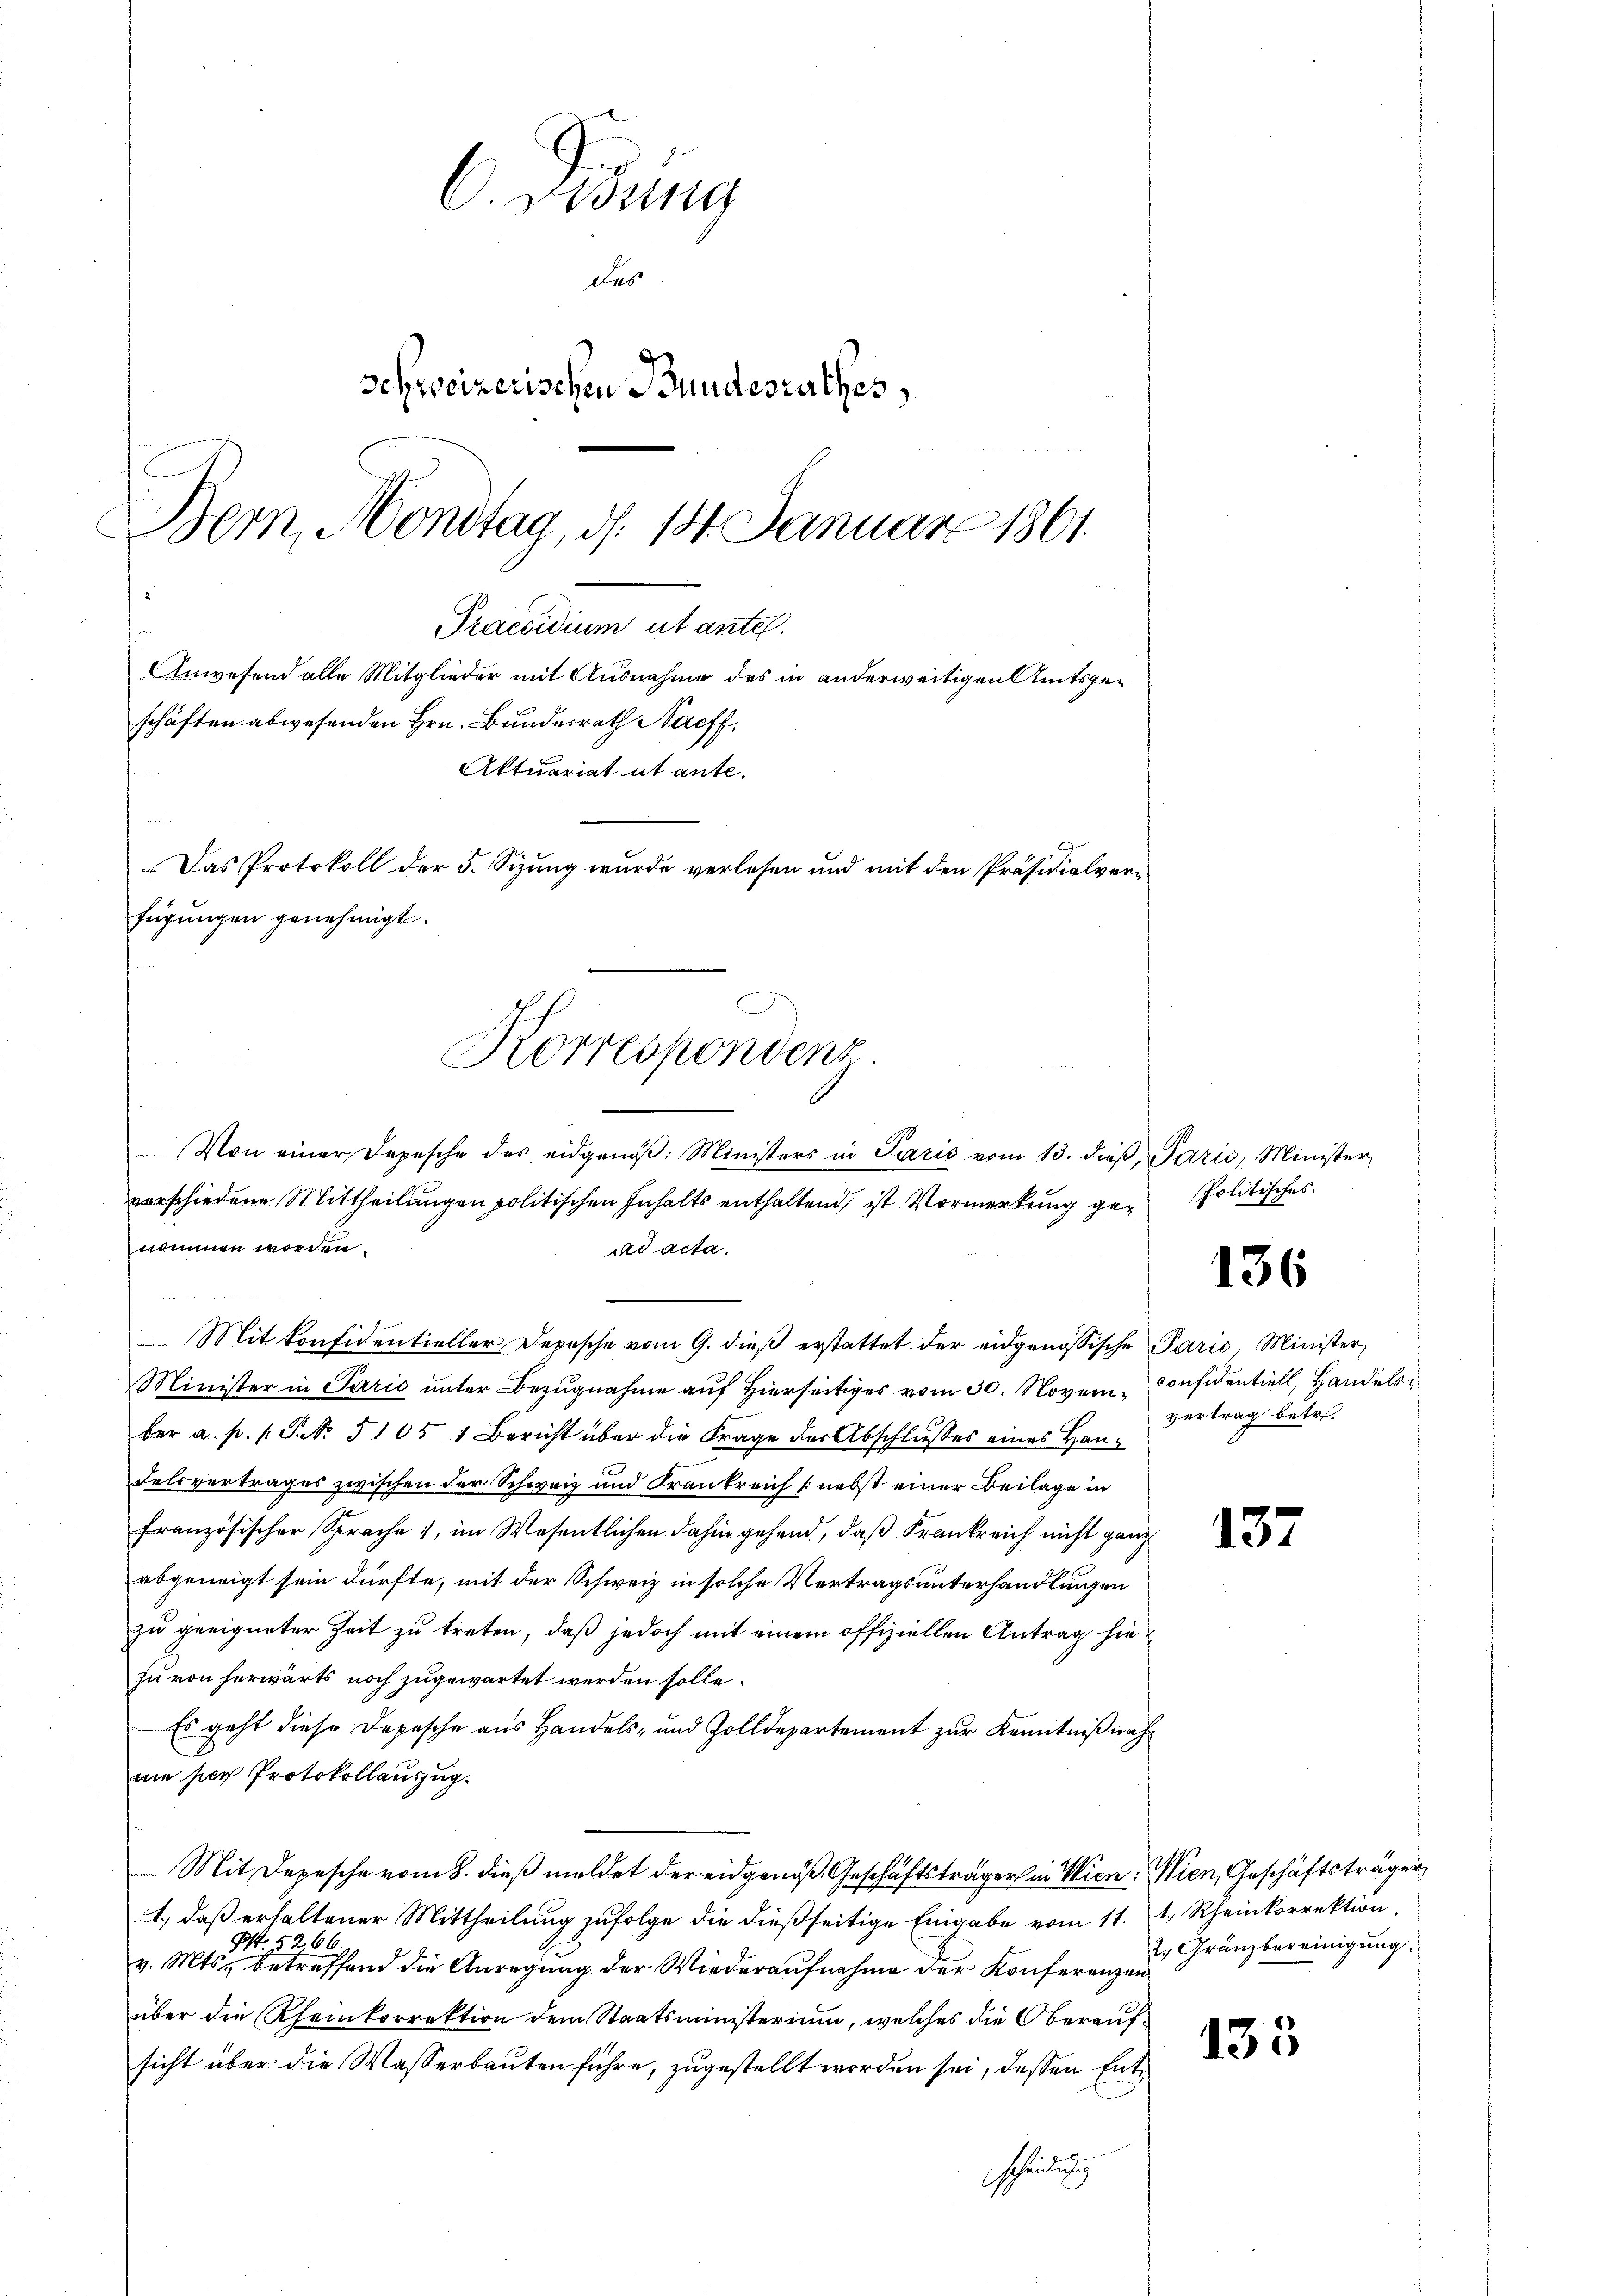
Korrespondenz.

C. Rodung
des
schweizerischen Bundesrathes,
Bern, Mondtag, d. 14. Januar 1861
Praesidium ut antel.
Anwesend alle Mitglieder mit Ausnahme des in anderweitigen Amtsgeschäften abwesenden Hrn. Bundesrath Nachf
Aktuariat ut ante.
Das Protokoll der 5. Sizung wurde verlesen und mit den Präsidialverfügungen genehmigt.

Von einer Depesche des eidgenöβ: Ministers in Perić vom 13. dieβ, Parić, Minister
verschiedene Mittheilungen politischen Inhalts enthaltend, ist Vormerkung ge-Politisches
nommen worden.
ad acta.
Mit Konfidentieller Depesche vom 9. dieß erstattet der eidgenössische Paris Minister,
Minister in Parić unter Bezugnahme auf hierseitiges vom 30. Novem Considentiell Handels
ber a. p. 1. P. No. 5105 1 Bericht über die Frage der Abschlusses eines Han¬
Felsvertrages zwischen der Schweiz und Krankreich (nebst einer Beilage in
französischer Sprache, im Wesentlichen dahin gehend, daß Krankreich nicht ganz
abgeneigt sein dürfte, mit der Schweiz in solche Vertragsunterhandlungen
zu geeigneter Zeit zu treten, daß jedoch mit einem offiziellen Antrag hiezu von herwärts noch zugewartet werden solle.
Es geht diese Depesche aus Handels- und Zolldepartement zur Kenntnißnahmne per Protokollauszug.
Mit Depesche vom 8. dieß meldet der eidgenoß Geschäftsträger in Wien. Wien, Geschäftsträger
1., daß erhaltener Mittheilung zufolge die dießseitige Eingabe vom 11. 1. Rheinkorrektion,
§ 266.
Ihr
v. Mts., betreffend die Anregung der Wiederaufnahme der Konferenzen
über die Rheinkorrektion dem Staatsministerium, welches die Oberaufsicht über die Wasserbauten führe, zugestellt worden sei, dessen Entscheidung

136

vertrag betr.

137

2. Gränzbereinigung.

133